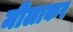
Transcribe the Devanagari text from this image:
मीलाकर